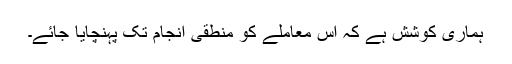
ہماری کوشش ہے کہ اس معاملے کو منطقی انجام تک پہنچایا جائے۔